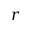
r